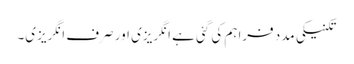
تکنیکی مدد فراہم کی گئی ہے انگریزی اور صرف انگریزی۔